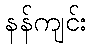
နန်ကျင်း